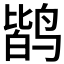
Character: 𱊐